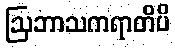
ဩဘာသကရာတိပိ